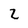
Character: Z